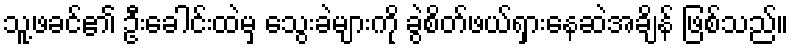
သူ့ဖခင်၏ ဦးခေါင်းထဲမှ သွေးခဲများကို ခွဲစိတ်ဖယ်ရှားနေဆဲအချိန် ဖြစ်သည်။